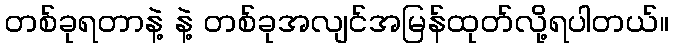
တစ်ခုရတာနဲ့ နဲ့ တစ်ခုအလျင်အမြန်ထုတ်လို့ရပါတယ်။